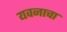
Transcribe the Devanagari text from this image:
यवनाचा